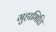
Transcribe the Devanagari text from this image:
गुहाभित्ति